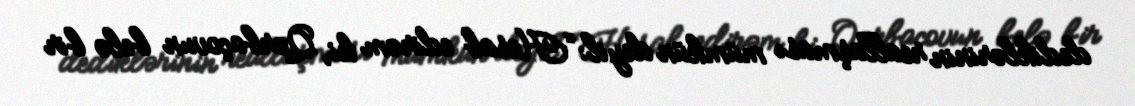
dediklərinin reallaşması mümkün deyil: “Hesab edirəm ki, Qorbaçovun belə bir